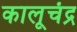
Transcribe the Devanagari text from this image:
कालूचंद्र